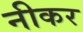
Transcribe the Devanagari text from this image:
नीकर